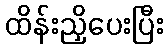
ထိန်းညှိပေးပြီး